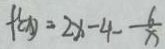
f ^ { \prime } ( x ) = 2 x - 4 - \frac { 6 } { x }